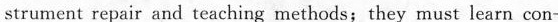
strument repair and teaching methods; they must learn con-